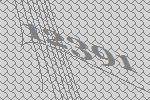
12391